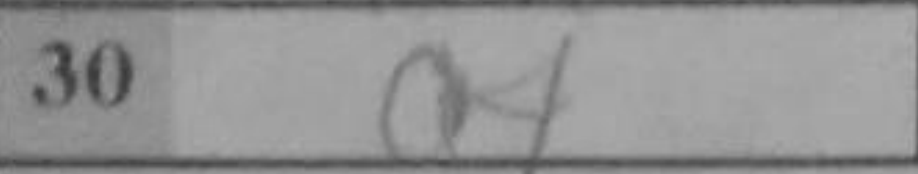
Transcription: a4